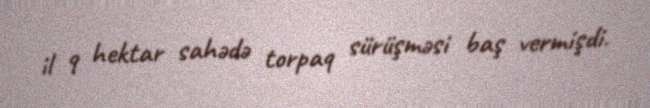
il 9 hektar sahədə torpaq sürüşməsi baş vermişdi.